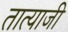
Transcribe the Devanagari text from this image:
तात्याजी